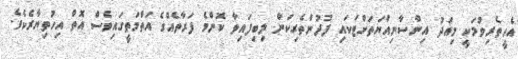
އެހީތެރިވުމަކީ މިއަދު އިންސާނިއްޔަތަށްޓަކައި ފުދުންތެރިކަން ލިބިފައިވާ ކޮންމެ ފަރާތެއްގެ އަތްމަތީގައިވެސް އޮތް އިހުތިޔާރެކެވެ.